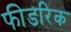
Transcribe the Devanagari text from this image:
फीडरिक